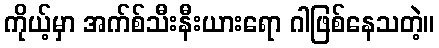
ကိုယ့်မှာ အက်စ်သီးနီးယားရော ဂါဖြစ်နေသတဲ့။